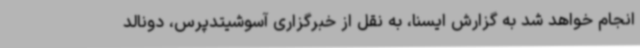
انجام خواهد شد به گزارش ایسنا، به نقل از خبرگزاری آسوشیتدپرس، دونالد